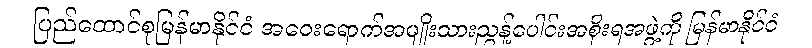
ပြည်ထောင်စုမြန်မာနိုင်ငံ အဝေးရောက်အမျိုးသားညွန့်ပေါင်းအစိုးရအဖွဲ့ကို မြန်မာနိုင်ငံ